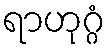
ရာဟုဂ္ဂံ